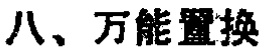
八、万能置换